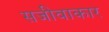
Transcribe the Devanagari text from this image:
सजीवाकार